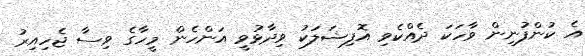
އެ ކުންފުނިން ވާހަކަ ދެއްކެވި އޮފިޝަލަކު ވިދާޅުވީ އަންހެން މީހާގެ ވިސާ ޖެހިއިރު